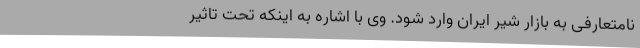
نامتعارفی به بازار شیر ایران وارد شود. وی با اشاره به اینکه تحت تاثیر